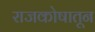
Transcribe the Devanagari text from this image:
राजकोषातून